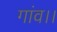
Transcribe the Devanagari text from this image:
गांव।।